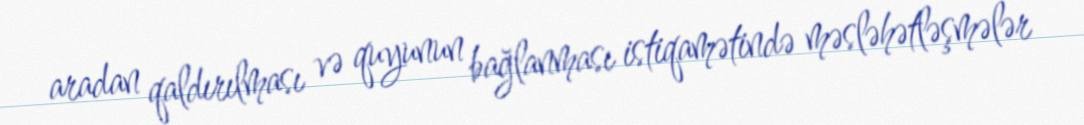
aradan qaldırılması və quyunun bağlanması istiqamətində məsləhətləşmələr